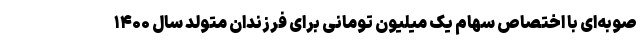
صوبه‌ای با اختصاص سهام یک میلیون تومانی برای فرزندان متولد سال ۱۴۰۰